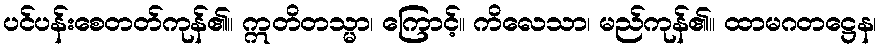
ပင်ပန်းစေတတ်ကုန်၏။ ဣတိတသ္မာ၊ ကြောင့်။ ကိလေသာ၊ မည်ကုန်၏။ ထာမဂတဋ္ဌေန၊